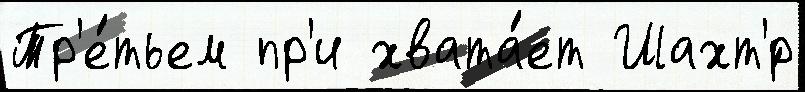
Тр'е́тьем пр'и хвата́ет Шахт'́р